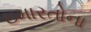
ઇમારતોના